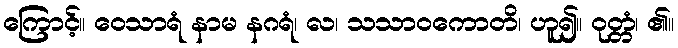
ကြောင့်။ ဝေသာရံ နာမ နဂရံ၊ လ၊ သသာဝကောတိ၊ ဟူ၍။ ဝုတ္တံ၊ ၏။